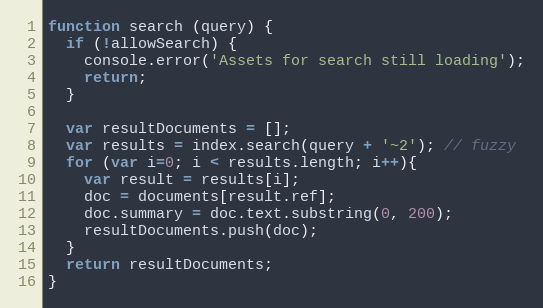
Language: JavaScript
function search (query) {
  if (!allowSearch) {
    console.error('Assets for search still loading');
    return;
  }

  var resultDocuments = [];
  var results = index.search(query + '~2'); // fuzzy
  for (var i=0; i < results.length; i++){
    var result = results[i];
    doc = documents[result.ref];
    doc.summary = doc.text.substring(0, 200);
    resultDocuments.push(doc);
  }
  return resultDocuments;
}